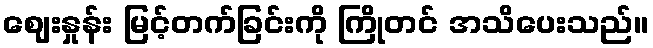
ဈေးနှုန်း မြင့်တက်ခြင်းကို ကြိုတင် အသိပေးသည်။